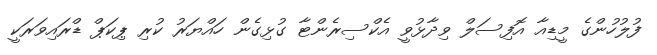
ފުލުހުންގެ މީޑިއާ އޮފިސަލް ވިދާޅުވީ އެކްސިރެންޓާ ގުޅިގެން ހައްޔަރު ކުރި ޕިކަޕް ޑްރައިވަރަކީ